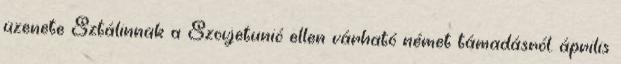
üzenete Sztálinnak a Szovjetunió ellen várható német támadásról. április